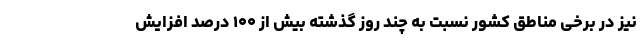
نیز در برخی مناطق کشور نسبت به چند روز گذشته بیش از ۱۰۰ درصد افزایش